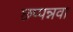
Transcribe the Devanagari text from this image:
छप्पन्नवा